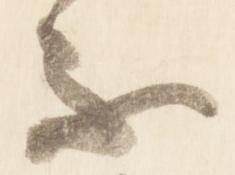
不